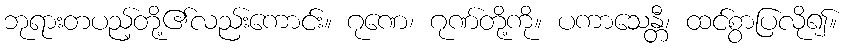
ဘုရားတပည့်တို့၏လည်းကောင်း။ ဂုဏေ၊ ဂုဏ်တို့ကို။ ပကာသေန္တီ၊ ထင်စွာပြလို၍။